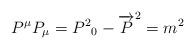
LaTeX: \begin{align*}P^{\mu}P_{\mu} = {P^2}_{0} -{\overrightarrow{P}}^2 = m^2\end{align*}